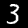
Digit: 3